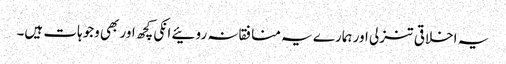
یہ اخلاقی تنزلی اور ہمارے یہ منافقانہ روئیے انکی کچھ اور بھی وجوہات ہیں۔